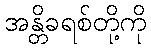
အန္တိခရစ်တို့ကို